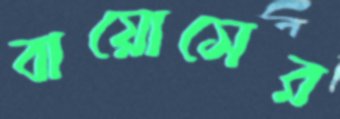
বায়োসের